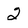
Character: 2